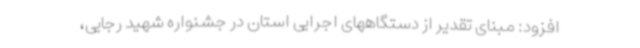
افزود: مبنای تقدیر از دستگاههای اجرایی استان در جشنواره شهید رجایی،